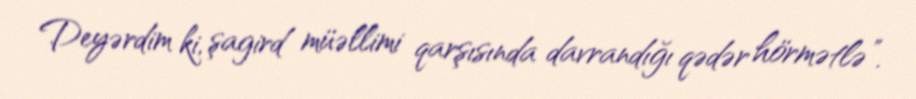
Deyərdim ki, şagird müəllimi qarşısında davrandığı qədər hörmətlə”.